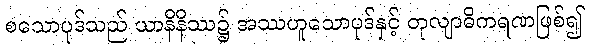
စသောပုဒ်သည် ယာနိနိဿ၌ အဿဟူသောပုဒ်နှင့် တုလျာဓိကရဏဖြစ်၍